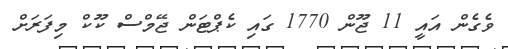
ވެގެން އައީ 11 ޖޫން 1770 ގައި ކެޕްޓަން ޖޭމްސް ކޫކް މިފަރަށް